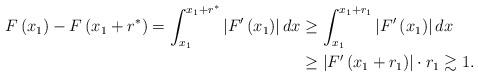
LaTeX: \begin{align*}F\left( x_{1}\right) -F\left( x_{1}+r^{\ast }\right)=\int_{x_{1}}^{x_{1}+r^{\ast }}\left\vert F^{\prime }\left( x_{1}\right)\right\vert dx&\geq \int_{x_{1}}^{x_{1}+r_{1}}\left\vert F^{\prime }\left(x_{1}\right) \right\vert dx\\&\geq \left\vert F^{\prime }\left(x_{1}+r_{1}\right) \right\vert \cdot r_{1}\gtrsim 1.\end{align*}